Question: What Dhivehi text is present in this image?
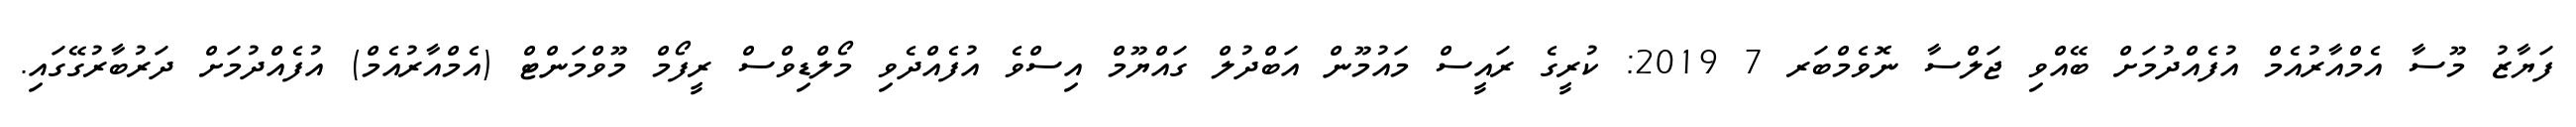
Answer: ފަޔާޒު މޫސާ އެމްއާރުއެމް އުފެއްދުމަށް ބޭއްވި ޖަލްސާ ނޮވެމްބަރ 7 2019: ކުރީގެ ރައީސް މައުމޫން އަބްދުލް ގައްޔޫމް އިސްވެ އުފެއްދެވި މޯލްޑިވްސް ރީފޯމް މޫވްމަންޓް (އެމްއާރުއެމް) އުފެއްދުމަށް ދަރުބާރުގޭގައި.